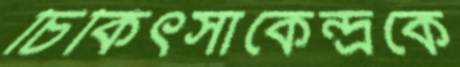
চিকিৎসাকেন্দ্রকে